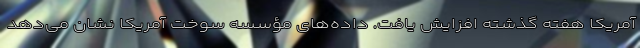
آمریکا هفته گذشته افزایش یافت. داده‌های مؤسسه سوخت آمریکا نشان می‌دهد